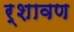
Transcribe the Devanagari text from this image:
र्शावण